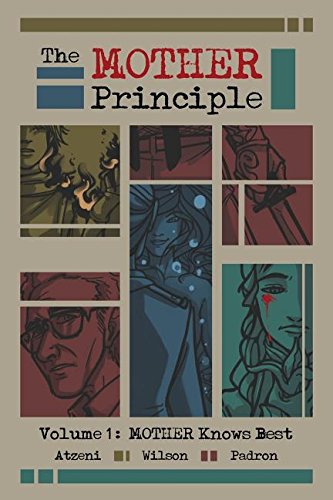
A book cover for The MOTHER Principle: Volume 1: MOTHER Knows Best; Adam Wilson; Comics & Graphic Novels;